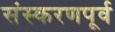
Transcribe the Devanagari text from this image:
संस्करणपूर्व